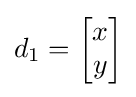
d_{1}={\begin{bmatrix}x\\y\end{bmatrix}}